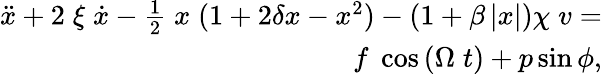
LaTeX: \begin{array}{r}{\ddot{\mathnormal{x}}+2\; \xi\; \dot{\mathnormal{x}}-\frac{1}{2}\; \mathnormal{x}\; (1+2\delta\mathnormal{x}-\mathnormal{x}^{2})-(1+\beta\left|x\right|)\chi\; \mathnormal{v}=}\\ {\mathnormal{f}\; \cos{\left(\Omega\; t\right)}+\mathnormal{p}\sin{\phi},}\end{array}